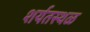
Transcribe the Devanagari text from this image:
शर्यतस्थळ